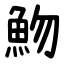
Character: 魩